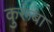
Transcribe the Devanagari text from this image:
कुरूंबा